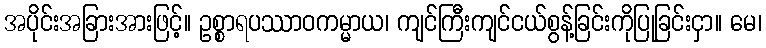
အပိုင်းအခြားအားဖြင့်။ ဥစ္စာရပဿာဝကမ္မာယ၊ ကျင်ကြီးကျင်ငယ်စွန့်ခြင်းကိုပြုခြင်းငှာ။ မေ၊